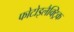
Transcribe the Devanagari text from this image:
फोटोइलैक्ट्रिक